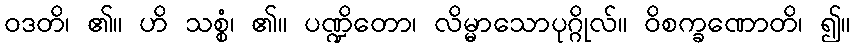
ဝဒတိ၊ ၏။ ဟိ သစ္စံ၊ ၏။ ပဏ္ဍိတော၊ လိမ္မာသောပုဂ္ဂိုလ်။ ဝိစက္ခဏောတိ၊ ၍။